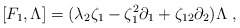
\begin{align*}[F_1, \Lambda] = (\lambda_2\zeta_1-\zeta^2_1 \partial_1+\zeta_{12}\partial_2) \Lambda \; ,\end{align*}